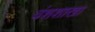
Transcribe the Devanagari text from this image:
वंशशाखा